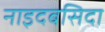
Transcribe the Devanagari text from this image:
नाइदबसिदा